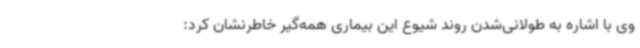
وی با اشاره به طولانی‌شدن روند شیوع این بیماری همه‌گیر خاطرنشان کرد: